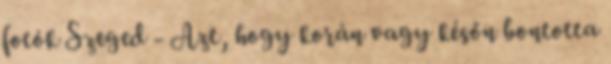
fotók Szeged - Azt, hogy korán vagy későn bontotta